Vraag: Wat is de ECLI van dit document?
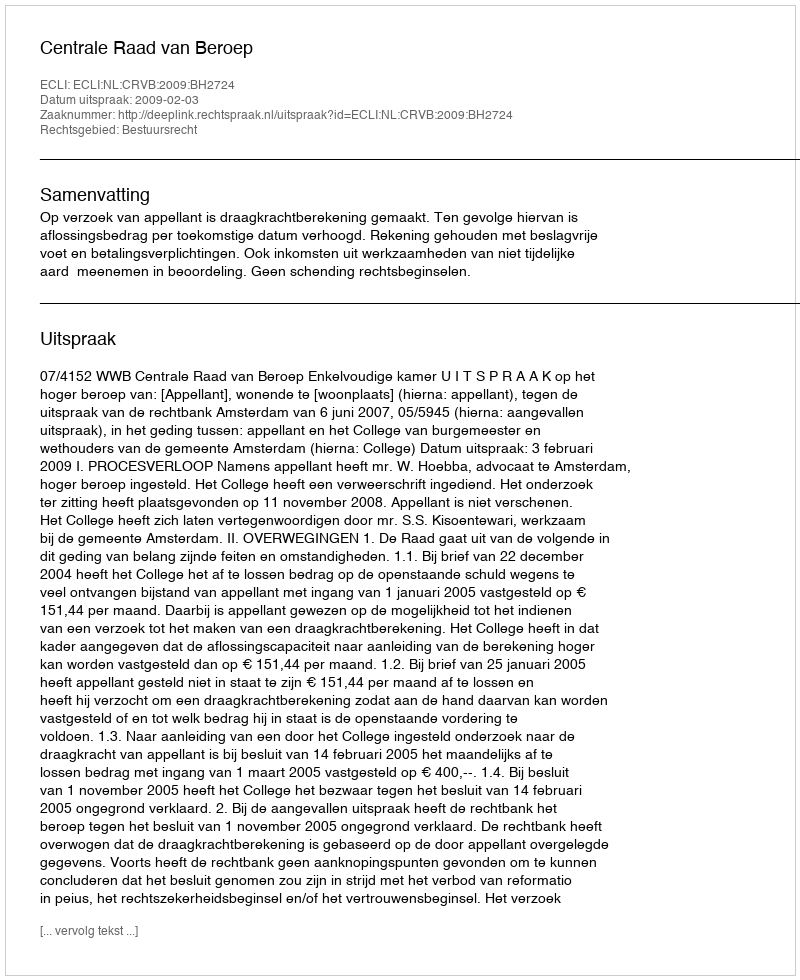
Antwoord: ECLI:NL:CRVB:2009:BH2724